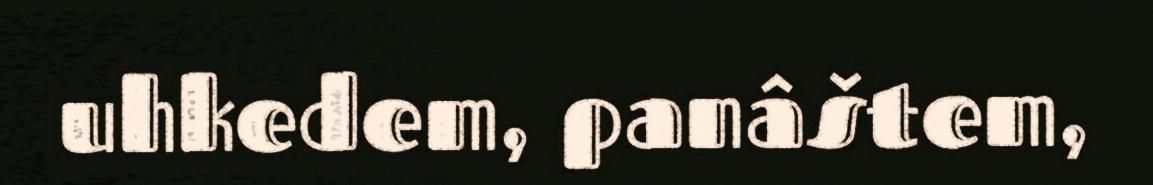
uhkedem, panâštem,